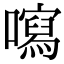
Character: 𡃂